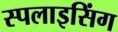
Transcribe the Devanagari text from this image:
स्पलाइसिंग